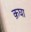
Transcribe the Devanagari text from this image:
क़घा